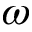
\omega